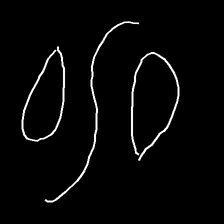
Glyph: water